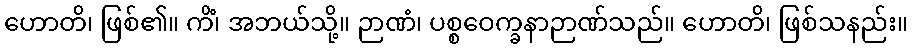
ဟောတိ၊ ဖြစ်၏။ ကိံ၊ အဘယ်သို့။ ဉာဏံ၊ ပစ္စဝေက္ခနာဉာဏ်သည်။ ဟောတိ၊ ဖြစ်သနည်း။